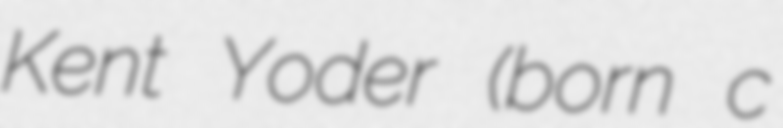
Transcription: Kent Yoder (born c